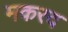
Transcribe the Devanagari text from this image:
मकरद